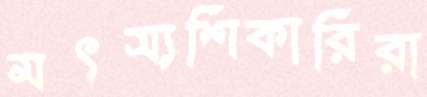
মৎস্যশিকারিরা